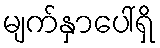
မျက်နှာပေါ်ရှိ